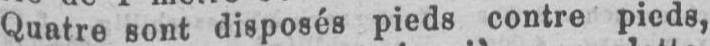
Quatre sont disposés pieds contre pieds,